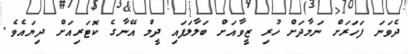
ދެވަނަ ފަހަރަށް ނަމާދަށް ހުރި ޒީވާއަށް ބަލާލަފައި ދީމް އޭނާގެ ކޮޓަރިއަށް ދިޔައެވެ.